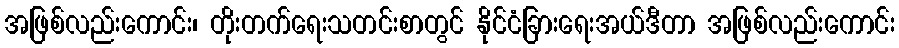
အဖြစ်လည်းကောင်း၊ တိုးတက်ရေးသတင်းစာတွင် နိုင်ငံခြားရေးအယ်ဒီတာ အဖြစ်လည်းကောင်း